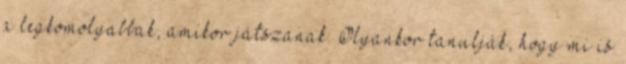
a legkomolyabbak, amikor játszanak. Olyankor tanulják, hogy mi is